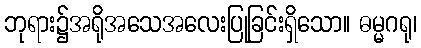
ဘုရား၌အရိုအသေအလေးပြုခြင်းရှိသော။ ဓမ္မဂရု၊